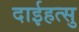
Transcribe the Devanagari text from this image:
दाईहत्सु